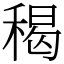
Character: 䅥